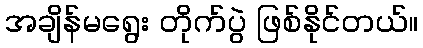
အချိန်မရွေး တိုက်ပွဲ ဖြစ်နိုင်တယ်။